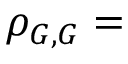
\rho _ { G , G } =